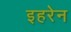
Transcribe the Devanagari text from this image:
इहरेन